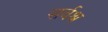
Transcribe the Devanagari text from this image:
सर्वश्र